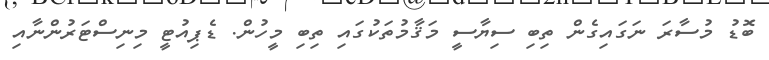
ބޮޑު މުސާރަ ނަގައިގެން ތިބި ސިޔާސީ މަޤާމުތަކުގައި ތިބި މީހުން. ޑެޕިއުޓީ މިނިސްޓަރުންނާއި